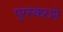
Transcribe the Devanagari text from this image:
पुरस्कराने